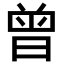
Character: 曾